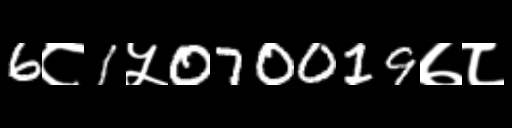
Text: 6८1५070019७८